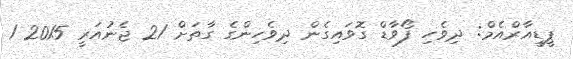
ޕީޑީއާރްއެމް: ދިވެހި ފޯވާޑް ގޮވައިގެން ދިވެހިންގެ ގާތަށް 21 ޖެނުއަރީ 2015 1